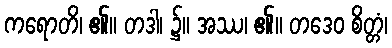
ကရောတိ၊ ၏။ တဒါ၊ ၌။ အဿ၊ ၏။ တဒေဝ စိတ္တံ၊